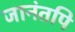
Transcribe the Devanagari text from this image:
जानंतपि